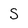
Character: S